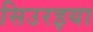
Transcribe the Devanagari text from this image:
सिउरइया